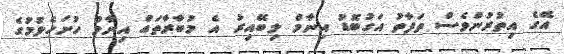
އޭގެ އިތުރުންވެސް ތަފާތު އަގުބޮޑު އިނާމް ލިބޭއިރު އެ މުބާރާތައް އިނާމް ހުށަހެޅުމުގެ